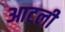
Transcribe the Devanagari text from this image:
आटली